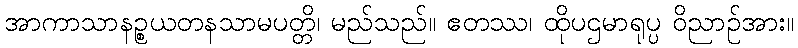
အာကာသာနဉ္စယတနသာမပတ္တိ၊ မည်သည်။ ဧတဿ၊ ထိုပဌမာရုပ္ပ ဝိညာဉ်အား။